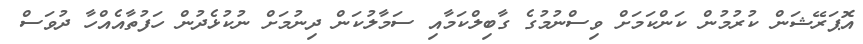
އޮޕަރޭޝަން ކުރުމުން ކަންކަމަށް ވިސްނުމުގެ ގާބިލްކަމާއި ސަމާލުކަން ދިނުމަށް ނުކުޅެދުން ހަފުތާއެއްހާ ދުވަސް